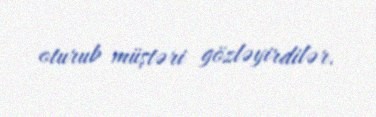
oturub müştəri gözləyirdilər.